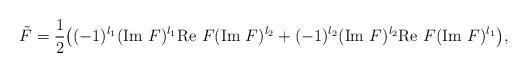
LaTeX: \begin{align*}\tilde{F}=\frac{1}{2}\big((-1)^{l_1}(\textrm{Im }F)^{l_1}\textrm{Re }F(\textrm{Im }F)^{l_2}+(-1)^{l_2}(\textrm{Im }F)^{l_2}\textrm{Re }F(\textrm{Im }F)^{l_1}\big),\end{align*}